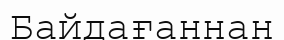
Байдағаннан